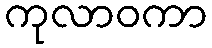
ကုလာဝကာ